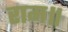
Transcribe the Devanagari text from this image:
राम॥